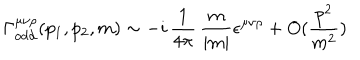
\Gamma _ { \mathrm { o d d } } ^ { \mu \nu \rho } ( p _ { 1 } , p _ { 2 } , m ) \sim - i \, \frac { 1 } { 4 \pi } \, \frac { m } { | m | } \epsilon ^ { \mu \nu \rho } + O ( \frac { p ^ { 2 } } { m ^ { 2 } } )